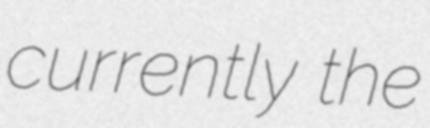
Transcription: currently the